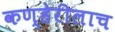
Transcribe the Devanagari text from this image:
कण्हेरीलाच